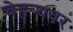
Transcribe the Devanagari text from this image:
चेहर्‍यवर